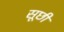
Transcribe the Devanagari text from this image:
सूछी